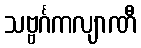
သဗ္ဗင်္ဂကလျာဏီ